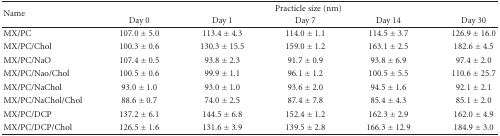
| <ROWSPAN=2> Name | <COLSPAN=5> Practicle size (nm) |
 | Day 0 | Day 1 | Day 7 | Day 14 | Day 30 |
 | --- | --- | --- | --- | --- | --- |
 | MX/PC | 107.0 ± 5.0 | 113.4 ± 4.3 | 114.0 ± 1.1 | 114.5 ± 3.7 | 126.9 ± 16.0 |
 | MX/PC/Chol | 100.3 ± 0.6 | 130.3 ± 15.5 | 159.0 ± 1.2 | 163.1 ± 2.5 | 182.6 ± 4.5 |
 | MX/PC/NaO | 107.4 ± 0.5 | 93.8 ± 2.3 | 91.7 ± 0.9 | 93.8 ± 6.9 | 97.4 ± 2.0 |
 | MX/PC/Nao/Chol | 100.5 ± 0.6 | 99.9 ± 1.1 | 96.1 ± 1.2 | 100.5 ± 5.5 | 110.6 ± 25.7 |
 | MX/PC/NaChol | 93.0 ± 1.0 | 93.0 ± 1.0 | 93.6 ± 2.0 | 94.5 ± 1.6 | 92.1 ± 2.1 |
 | MX/PC/NaChol/Chol | 88.6 ± 0.7 | 74.0 ± 2.5 | 87.4 ± 7.8 | 85.4 ± 4.3 | 85.1 ± 2.0 |
 | MX/PC/DCP | 137.2 ± 6.1 | 144.5 ± 6.8 | 152.4 ± 1.2 | 162.3 ± 2.9 | 162.0 ± 4.9 |
 | MX/PC/DCP/Chol | 126.5 ± 1.6 | 131.6 ± 3.9 | 139.5 ± 2.8 | 166.3 ± 12.9 | 184.9 ± 3.0 |